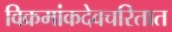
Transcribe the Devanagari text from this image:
विक्रमांकदेवचरितात